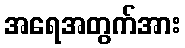
အရေအတွက်အား